Civil Veterinary Department Bengal reports 1923-33 - 1923-1933
Year: 1923
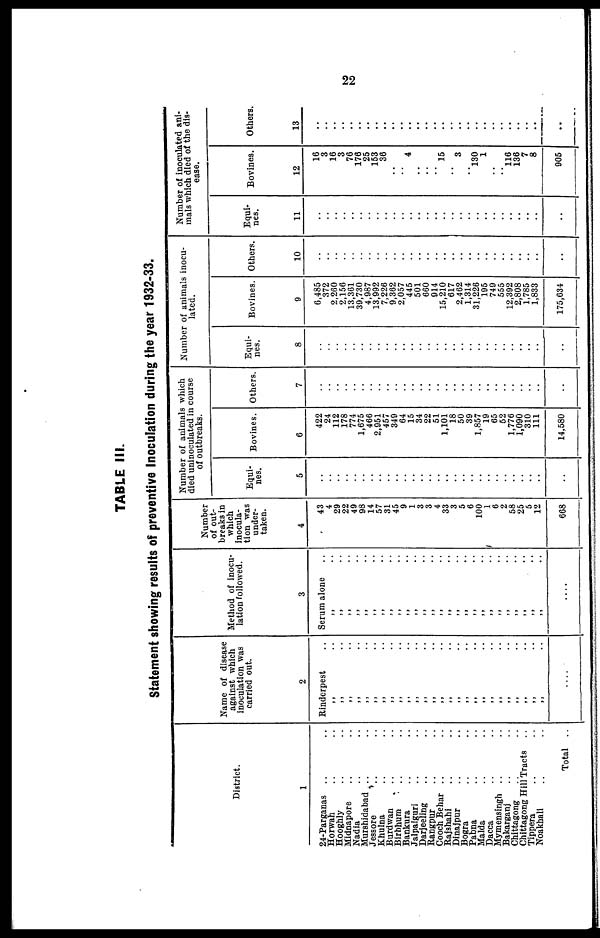
22
TABLE III.
Statement showing results of preventive Inoculation during the year 1932-33.
District.
1
24-Parganas .. ..
Horwah .. ..
Hooghly .. ..
Midnapore .. ..
Nadia .. ..
Murshidabad .. ..
Jessore .. ..
Khulna .. ..
Burdwan .. ..
Birbhum .. ..
Bankura .. ..
Jalpaiguri .. ..
Darjeeling .. ..
Rangpur .. ..
Cooch Behar .. ..
Rajshahi .. ..
Dinajpur .. ..
Bogra .. ..
Pabna .. ..
Malda .. ..
Dacca .. ..
Mymensingh .. ..
Bakarganj .. ..
Chittagong .. ..
Chittagong Hill Tracts ..
Tippera .. ..
Noakhali .. ..
Total ..
Name of disease
against which
inoculation was
carried out.
2
Rinderpest...
„ ..
„ ..
„ ..
„ ..
„ ..
„ ..
„ ..
„ ..
„ ..
„ ..
„ ..
„ ..
„ ..
„ ..
„
„ ..
„ ..
„ ..
„ ..
„ ..
„ ..
„ ..
„ ..
„ ..
....
Method of inocu-
lation followed.
3
Serum alone
„ ..
„ ..
„ ..
„ ..
„ ..
„ ..
„ ..
„ ..
„ ..
„ ..
„ ..
„ ..
„ ..
„ ..
„ ..
„ ..
„ ..
„ ..
„ ..
„ ..
„ ..
„ ..
„ ..
„ ..
....
Number
of out-
breaks in
which
inocula-
tion was
under-
taken.
4
43
4
29
22
49
98
14 57
31
45
9
1
3
3
4
33
3
5
6
100
1
6
2
58
25
5
12
608
Number of animals which
died uninoculated in course
of outbreaks.
Equi-
nes.
5
..
..
..
..
..
..
.. .. ..
..
..
..
..
..
..
..
..
..
..
..
..
..
..
..
..
..
..
..
Bovines.
6
422
24
112
178
774
1,675
466
2,951 457
349
64
15
34
22
51
1,101
18
50
39
1,857
19
65
52
1,776
1,090
310
111
14,580
Others.
7
..
..
..
..
..
..
.. .. ..
..
..
..
..
..
..
..
..
..
..
..
..
..
..
..
..
..
..
..
Number of animals inocu-
lated.
Equi-
nes.
8
..
..
..
..
..
..
.. .. ..
..
..
..
..
..
..
..
..
..
..
..
..
..
..
..
..
..
..
..
Bovines.
9
6,485
372
2,260
2,156
13,361
39,730
4,987
13,922 7,226
9,362
2,057
445
501
660
914
15,210
617
2,462
1,314
31,226
195
749
555
12,392
2,808
1,785
1,833
175,634
Others.
10
..
..
..
..
..
..
..
..
..
..
..
..
..
..
..
..
..
..
..
..
..
..
..
..
..
..
..
Number of inoculated ani-
mals which died of the dis-
ease.
Equi-
nes.
11
..
..
..
..
..
..
..
..
..
..
..
..
..
..
..
..
..
..
..
..
..
..
..
..
..
..
Bovines.
12
16
3
16
3
76
176
25 153
36 ..
..
4
..
..
..
15
3
130
1
..
..
116
136
7
8
905
Others.
13
..
..
..
..
..
..
..
..
..
..
..
..
..
..
..
..
..
..
..
..
..
..
..
..
..
..
..